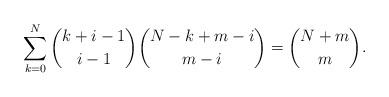
LaTeX: \begin{align*}\sum_{k=0}^{N}\binom{k+i-1}{i-1}\binom{N-k+m-i}{m-i}=\binom{N+m}{m}.\end{align*}